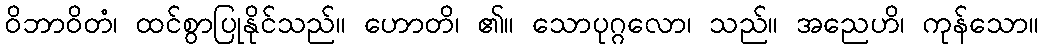
ဝိဘာဝိတံ၊ ထင်စွာပြုနိုင်သည်။ ဟောတိ၊ ၏။ သောပုဂ္ဂလော၊ သည်။ အညေဟိ၊ ကုန်သော။